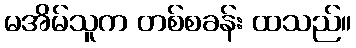
မအိမ်သူက တစ်စခန်း ထသည်။